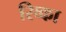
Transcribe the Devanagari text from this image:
रिव्का